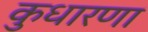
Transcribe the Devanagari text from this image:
कुधारणा